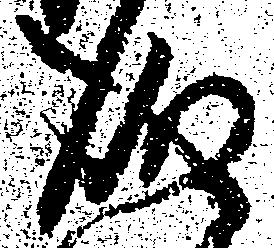
成